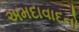
અમદાવાદનો